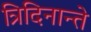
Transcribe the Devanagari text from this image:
त्रिदिनान्ते